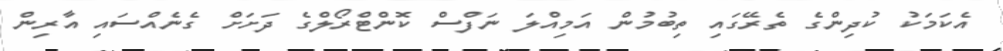
އެކަމަކު ކުދިންގެ ތެރޭގައި ތިބުމުން އަމިއްލަ ނަފްސް ކޮންޓްރޯލްގެ ދަށަށް ގެނެއްސައި އާރިން